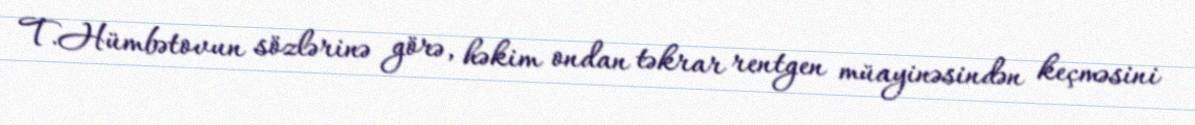
T.Hümbətovun sözlərinə görə, həkim ondan təkrar rentgen müayinəsindən keçməsini